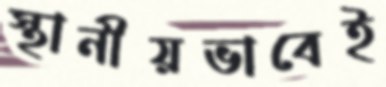
স্থানীয়ভাবেই